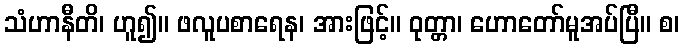
သံဟာနီတိ၊ ဟူ၍။ ဖလူပစာရေန၊ အားဖြင့်။ ဝုတ္တာ၊ ဟောတော်မူအပ်ပြီ။ စ၊